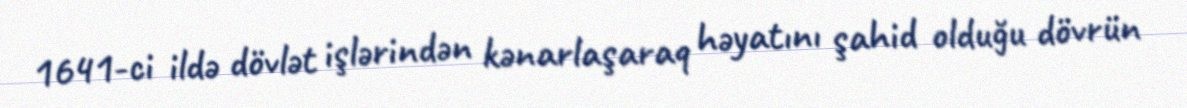
1641-ci ildə dövlət işlərindən kənarlaşaraq həyatını şahid olduğu dövrün